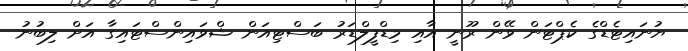
ޔުނައިޓެޑްގެ ކެޕްޓަން ވޭން ރޫނީ އާއި މިޑްފީލްޑަރު ބަސްޓިއަން ޝްވައިންސްޓައިގާ އަށް ލިބުނު